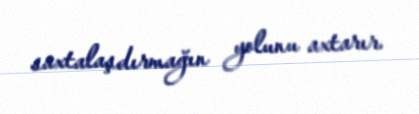
saxtalaşdırmağın yolunu axtarır.